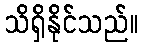
သိရှိနိုင်သည်။